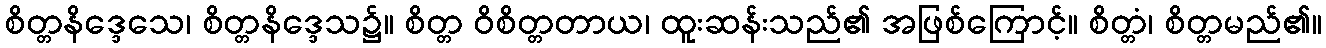
စိတ္တနိဒ္ဒေသေ၊ စိတ္တနိဒ္ဒေသ၌။ စိတ္တ ဝိစိတ္တတာယ၊ ထူးဆန်းသည်၏ အဖြစ်ကြောင့်။ စိတ္တံ၊ စိတ္တမည်၏။